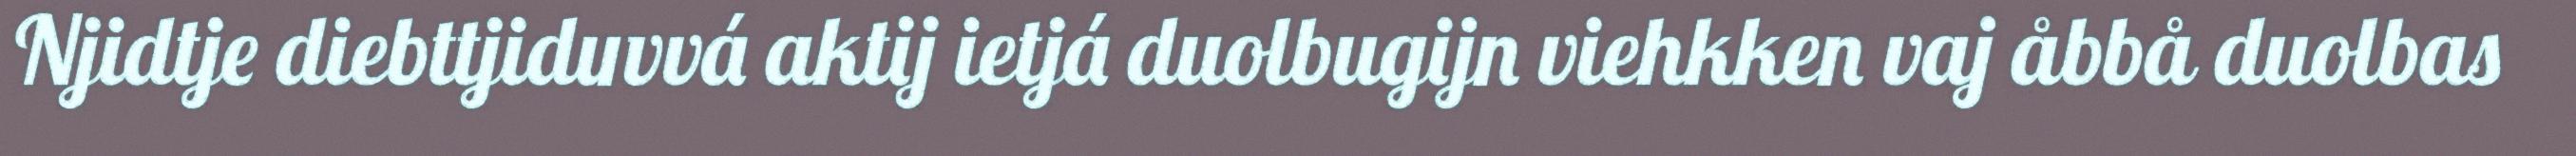
Njidtje diebttjiduvvá aktij ietjá duolbugijn viehkken vaj åbbå duolbas